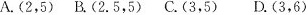
A.(2，5)B(2.5，5)C.(3，5)D.(3，6)